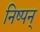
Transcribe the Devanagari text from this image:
निष्पन्